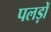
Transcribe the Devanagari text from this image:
पलड़ों